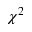
\chi ^ { 2 }